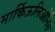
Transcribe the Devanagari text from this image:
मार्किऊलिओनिस